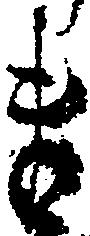
ま